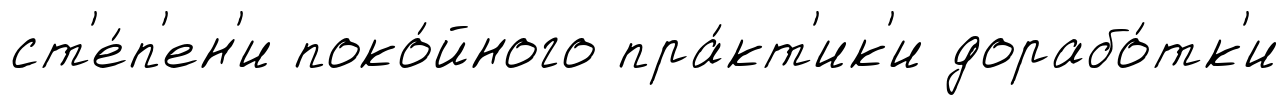
ст'е́п'ен'и поко́йного пра́кт'ик'и дорабо́тк'и